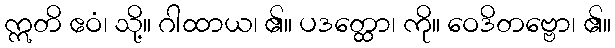
ဣတိ ဧဝံ၊ သို့။ ဂါထာယ၊ ၏။ ပဒတ္ထော၊ ကို။ ဝေဒိတဗ္ဗော၊ ၏။